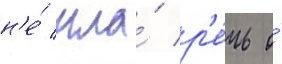
н'е́ шла́ р'е́чь о́